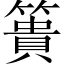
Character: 簣